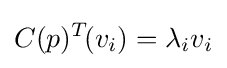
C(p)^{T}\!(v_{i})=\lambda _{i}v_{i}